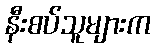
နီးစပ်သူများက